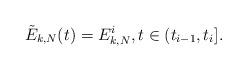
LaTeX: \begin{align*}\tilde{E}_{k,N}(t) = E_{k,N}^{i},t \in (t_{i-1}, t_{i}].\end{align*}